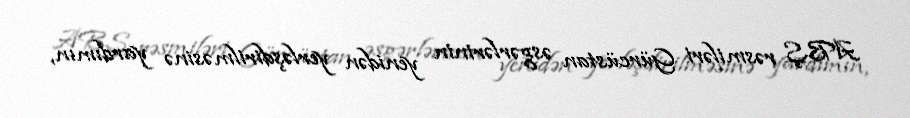
ABŞ rəsmiləri Gürcüstan əsgərlərinin yenidən yerləşdirilməsinə yardımın,